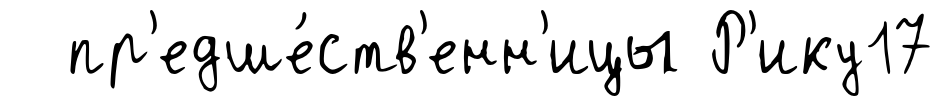
пр'едше́ств'енн'ицы Р'ику17